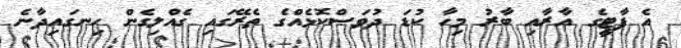
އެ ޕާޓީގެ އާރާއި ބާރު މިހާ ކުޑަ ދުވަސްކޮޅެއްގެ ތެރޭގައި ގެއްލިގެން ހިނގައިދާނެ